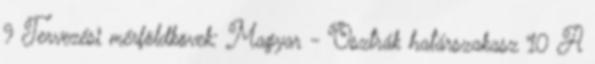
9 Tervezési mérföldkövek: Magyar - Osztrák határszakasz 10 A